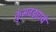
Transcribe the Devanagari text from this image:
कुंभवड्याचे